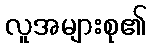
လူအများစု၏